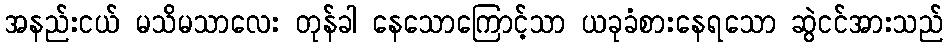
အနည်းငယ် မသိမသာလေး တုန်ခါ နေသောကြောင့်သာ ယခုခံစားနေရသော ဆွဲငင်အားသည်